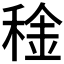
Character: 𥟨